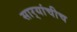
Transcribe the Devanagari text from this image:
सार्‍यांचीच